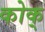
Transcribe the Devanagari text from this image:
कोक्